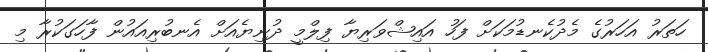
ހަތަރު އަހަރުގެ މެދުކެނޑުމަކަށް ފަހު އައިޝްވަރިޔާ ފިލްމީ ދުނިޔެއަށް އެނބުރިއައުން ފާހަގަކުރާ މި